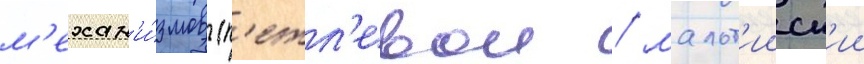
м'ехан'и́змов (п'етл'евои / мальт'ииск'ии